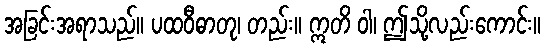
အခြင်းအရာသည်။ ပထဝီဓာတု၊ တည်း။ ဣတိ ဝါ၊ ဤသို့လည်းကောင်း။